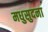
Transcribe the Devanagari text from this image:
मधुसुदना